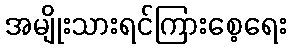
အမျိုးသားရင်ကြားစေ့ရေး